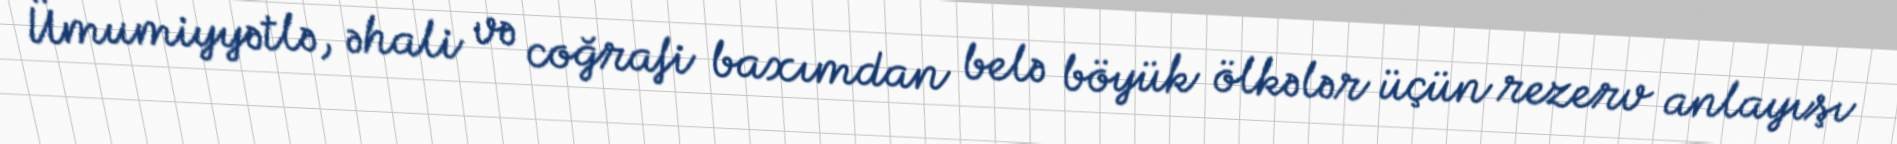
Ümumiyyətlə, əhali və coğrafi baxımdan belə böyük ölkələr üçün rezerv anlayışı